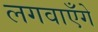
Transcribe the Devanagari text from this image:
लगवाएँगे